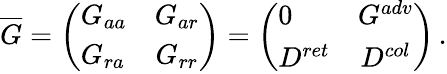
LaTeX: \overline{{{G}}}=\left(\begin{array}{lcr}{{G_{aa}}}&{{G_{ar}}}\\ {{G_{ra}}}&{{G_{rr}}}\end{array}\right)=\left(\begin{array}{lcr}{{0}}&{{G^{adv}}}\\ {{D^{ret}}}&{{D^{col}}}\end{array}\right)\, .